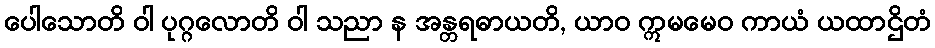
ပေါသောတိ ဝါ ပုဂ္ဂလောတိ ဝါ သညာ န အန္တရဓာယတိ, ယာဝ ဣမမေဝ ကာယံ ယထာဌိတံ